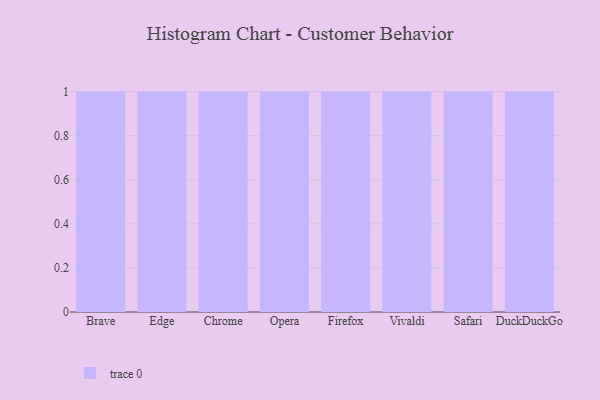
{"axis": {"x": "Browser", "y": "Latency (ms)"}, "legend": [""], "data": [{"x": "Brave", "y": 90, "type": ""}, {"x": "Edge", "y": 33, "type": ""}, {"x": "Chrome", "y": 82, "type": ""}, {"x": "Opera", "y": 55, "type": ""}, {"x": "Firefox", "y": 96, "type": ""}, {"x": "Vivaldi", "y": 85, "type": ""}, {"x": "Safari", "y": 55, "type": ""}, {"x": "DuckDuckGo", "y": 89, "type": ""}]}